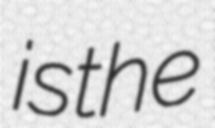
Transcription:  is the